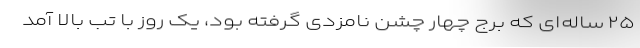
۲۵ ساله‌ای که برج چهار چشن نامزدی گرفته بود، یک روز با تب بالا آمد